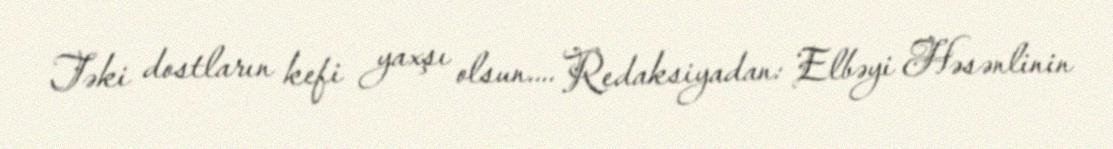
Təki dostların kefi yaxşı olsun.... Redaksiyadan: Elbəyi Həsənlinin